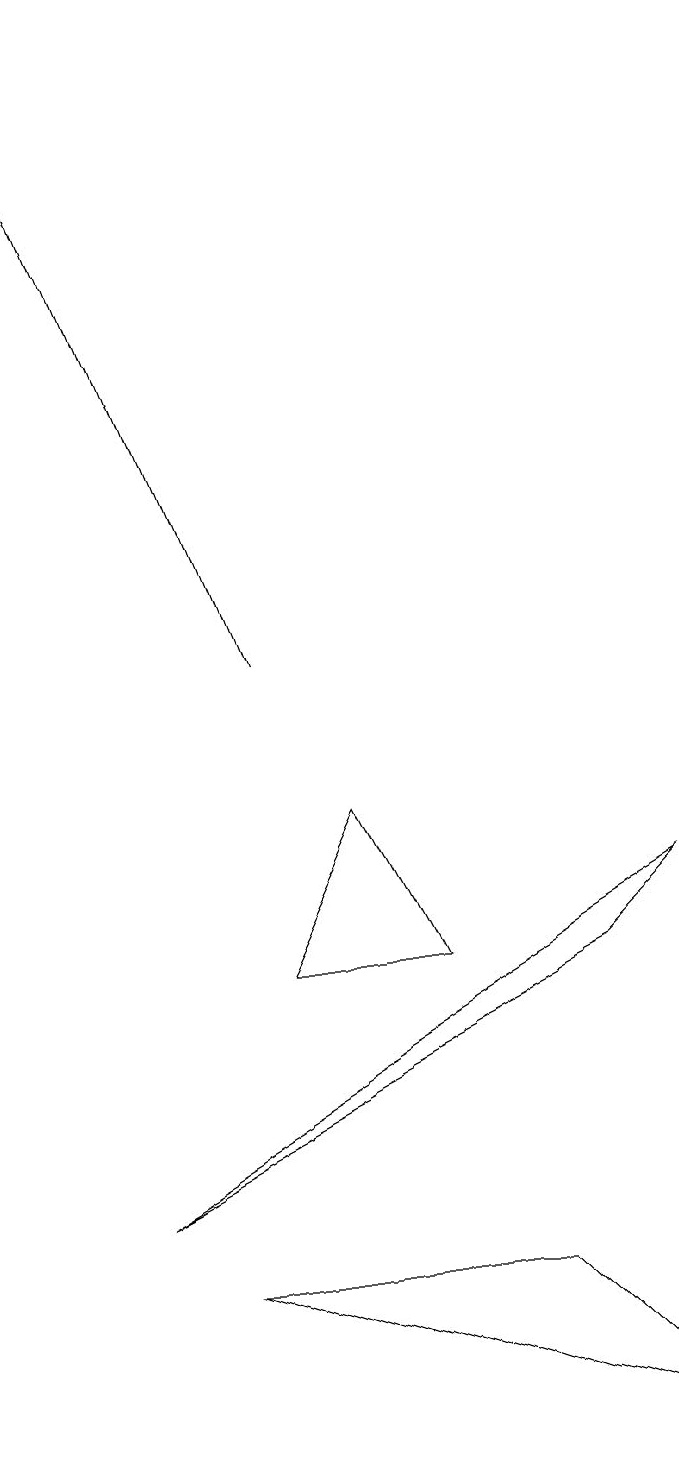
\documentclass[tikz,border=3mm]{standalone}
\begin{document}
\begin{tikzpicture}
\draw (6,7) -- (4,7) -- (5,9) -- cycle;
\draw (2,4) -- (9,8) -- (8,7) -- cycle;
\draw[->] (4,11) -- (1,19);
\draw (9,1) -- (7,3) -- (3,3) -- cycle;
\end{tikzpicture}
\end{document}